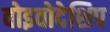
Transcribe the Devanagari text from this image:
वोइवोदेशिप